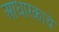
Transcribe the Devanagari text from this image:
आधारकाचे